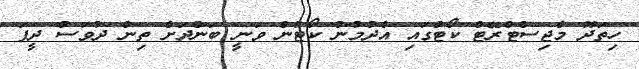
ހިތަދޫ މެޖިސްޓްރޭޓް ކޯޓްގައި އެދުމުން ކޯޓުން ވަނީ ބަންދަށް ތިން ދުވަސް ދީފަ